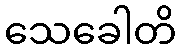
သေခေါတိ